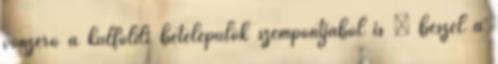
vonzerô a külföldi betelepülôk szempontjából is – beszél a